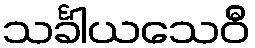
သင်္ခါယသေဝီ